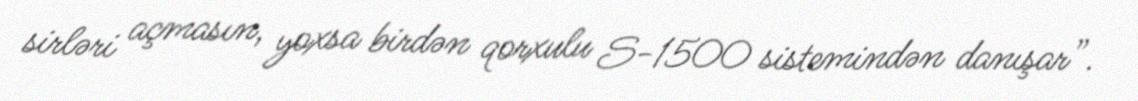
sirləri açmasın, yoxsa birdən qorxulu S-1500 sistemindən danışar”.